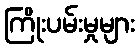
ကြိုးပမ်းမှုများ